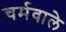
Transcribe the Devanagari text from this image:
चर्मवाले